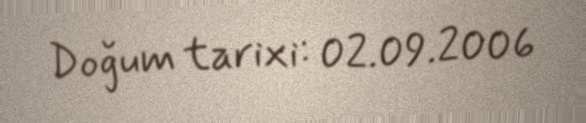
Doğum tarixi: 02.09.2006